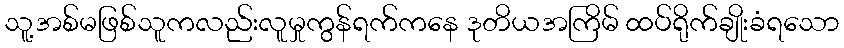
သူ့အစ်မဖြစ်သူကလည်းလူမှုကွန်ရက်ကနေ ဒုတိယအကြိမ် ထပ်ရိုက်ချိုးခံရသော